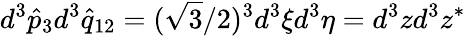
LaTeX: d^{3}{\hat{p}}_{3}d^{3}{\hat{q}}_{12}=({\sqrt 3}/2)^{3}d^{3}\xi d^{3}\eta=d^{3}zd^{3}z^{*}